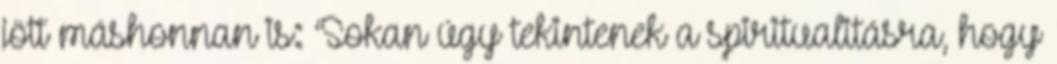
jött máshonnan is: ‘Sokan úgy tekintenek a spiritualitásra, hogy